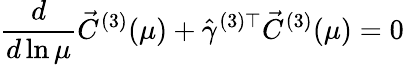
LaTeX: \frac{d}{d\ln\mu}\vec{C}^{(3)}(\mu)+\hat{\gamma}^{(3)\top}\vec{C}^{(3)}(\mu)=0